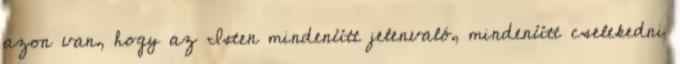
azon van, hogy az Isten mindenütt jelenvaló, mindenütt cselekedni